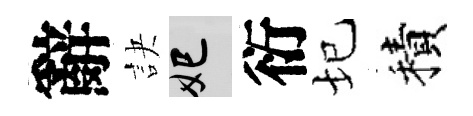
辭訣妃衍圮積